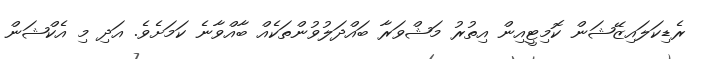
ރެޑިކަލައިޒޭޝަން ކޮމިޓީއިން އިތުރު މަޝްވަރާ ބައްދަލުވުންތަކެއް ބާއްވާނެ ކަމަށެވެ. އަދި މި އެކްޝަން